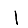
Digit: 1